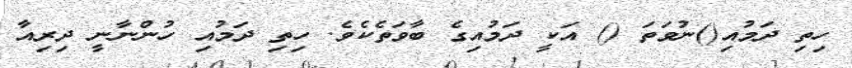
ހިތި ދަމުއި()ނުވަތަ () އަކީ ދަމުއިގެ ބާވަތެކެވެ. ހިތި ދަމުއި ހުންނާނީ ދިރިއާ